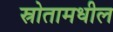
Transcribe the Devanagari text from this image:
स्रोतामधील